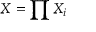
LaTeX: X = \prod X _ { i }